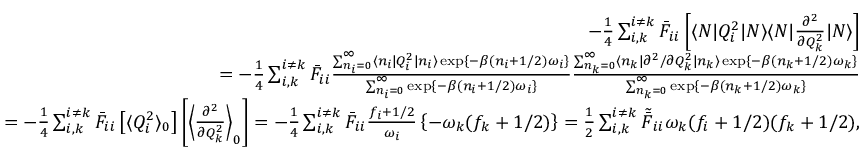
\begin{array} { r l r } & { } & { - \frac { 1 } { 4 } \sum _ { i , k } ^ { i \neq k } \bar { F } _ { i i } \left[ \langle N | Q _ { i } ^ { 2 } | N \rangle \langle N | \frac { \partial ^ { 2 } } { \partial Q _ { k } ^ { 2 } } | N \rangle \right] } \\ & { } & { = - \frac { 1 } { 4 } \sum _ { i , k } ^ { i \neq k } \bar { F } _ { i i } \frac { \sum _ { n _ { i } = 0 } ^ { \infty } \langle n _ { i } | Q _ { i } ^ { 2 } | n _ { i } \rangle \exp \{ - \beta ( n _ { i } + 1 / 2 ) \omega _ { i } \} } { \sum _ { n _ { i } = 0 } ^ { \infty } \exp \{ - \beta ( n _ { i } + 1 / 2 ) \omega _ { i } \} } \frac { \sum _ { n _ { k } = 0 } ^ { \infty } \langle n _ { k } | { \partial ^ { 2 } } / { \partial Q _ { k } ^ { 2 } } | n _ { k } \rangle \exp \{ - \beta ( n _ { k } + 1 / 2 ) \omega _ { k } \} } { \sum _ { n _ { k } = 0 } ^ { \infty } \exp \{ - \beta ( n _ { k } + 1 / 2 ) \omega _ { k } \} } } \\ & { } & { = - \frac { 1 } { 4 } \sum _ { i , k } ^ { i \neq k } \bar { F } _ { i i } \left[ \langle Q _ { i } ^ { 2 } \rangle _ { 0 } \right] \left[ \left\langle \frac { \partial ^ { 2 } } { \partial Q _ { k } ^ { 2 } } \right\rangle _ { 0 } \right] = - \frac { 1 } { 4 } \sum _ { i , k } ^ { i \neq k } \bar { F } _ { i i } \frac { f _ { i } + 1 / 2 } { \omega _ { i } } \left\{ - { \omega _ { k } ( f _ { k } + 1 / 2 ) } \right\} = \frac { 1 } { 2 } \sum _ { i , k } ^ { i \neq k } \tilde { \bar { F } } _ { i i } \omega _ { k } ( f _ { i } + 1 / 2 ) ( f _ { k } + 1 / 2 ) , } \end{array}